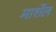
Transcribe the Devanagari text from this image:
मार्शेल